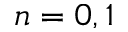
n = 0 , 1